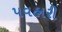
પવહારી